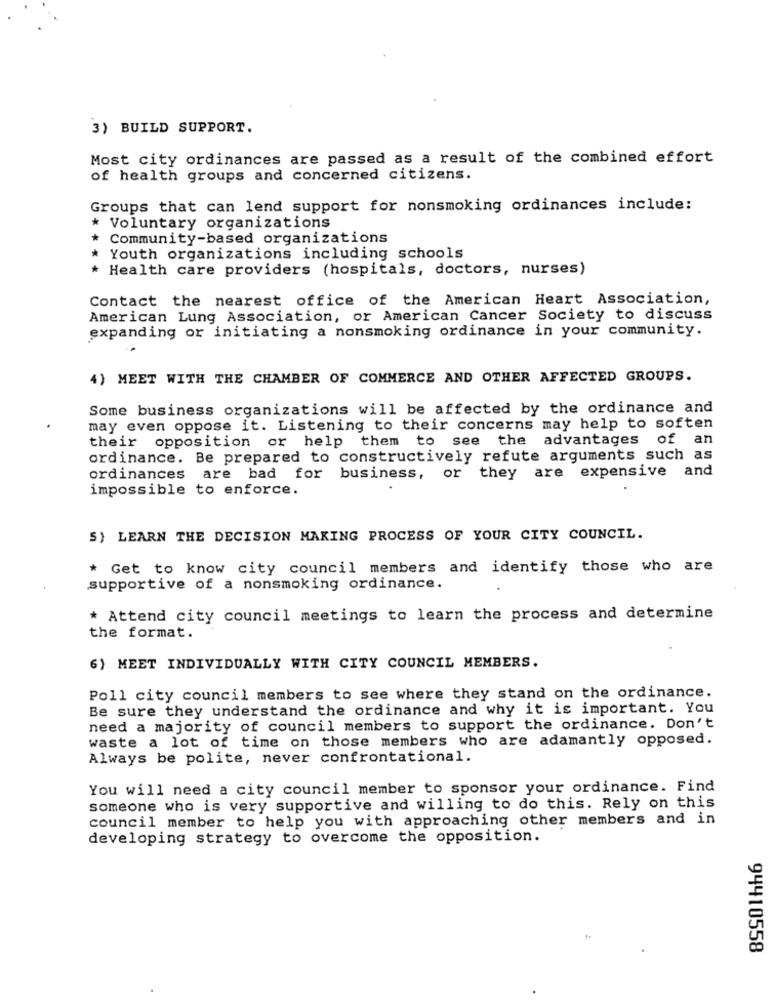
3) BUILD SUPPORT.
Most city ordinances are passed as a result of the combined effort
of health groups and concerned citizens.
Groups that can lend support for nonsmoking ordinances include:
* Voluntary organizations
*
Community-based organizations
* Youth organizations including schools
* Health care providers (hospitals, doctors, nurses)
Contact the nearest office of the American Heart Association,
American Lung Association, or American Cancer Society to discuss
expanding or initiating a nonsmoking ordinance in your community.
..
4) MEET WITH THE CHAMBER OF COMMERCE AND OTHER AFFECTED GROUPS.
Some business organizations will be affected by the ordinance and
may even oppose it. Listening to their concerns may help to soften
their opposition or help them to see the advantages of an
ordinance. Be prepared to constructively refute arguments such as
are bad for business, or they are expensive and
ordinances
impossible to enforce.
5) LEARN THE DECISION MAKING PROCESS OF YOUR CITY COUNCIL.
* Get to know city council members and identify those who are
supportive of a nonsmoking ordinance.
* Attend city council meetings to learn the process and determine
the format.
6) MEET INDIVIDUALLY WITH CITY COUNCIL MEMBERS.
Poll city council members to see where they stand on the ordinance.
Be sure they understand the ordinance and why it is important. You
need a majority of council members to support the ordinance. Don't
waste a lot of time on those members who are adamantly opposed.
Always be polite, never confrontational.
You will need a city council member to sponsor your ordinance. Find
someone who is very supportive and willing to do this. Rely on this
council member to help you with approaching other members and in
developing strategy to overcome the opposition.
94410558